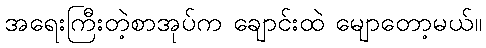
အရေးကြီးတဲ့စာအုပ်က ချောင်းထဲ မျောတော့မယ်။